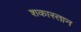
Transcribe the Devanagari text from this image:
शकास्तान